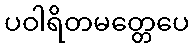
ပဝါရိတမတ္တေပေ